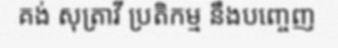
គង់ សុត្រាវី ប្រតិកម្ម នឹងបញ្ចេញ